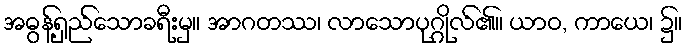
အဓွန့်ရှည်သောခရီးမှ။ အာဂတဿ၊ လာသောပုဂ္ဂိုလ်၏။ ယာဝ, ကာယေ၊ ၌။